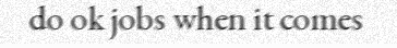
do ok jobs when it comes